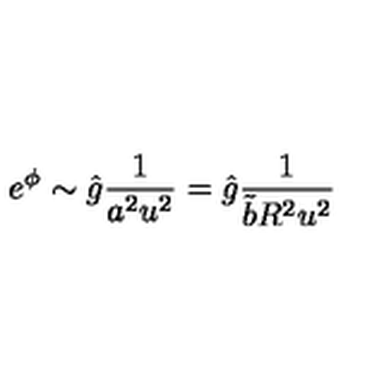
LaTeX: e ^ { \phi } \sim \hat { g } \frac { 1 } { a ^ { 2 } u ^ { 2 } } = \hat { g } \frac { 1 } { \tilde { b } R ^ { 2 } u ^ { 2 } }